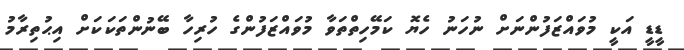
ޑީޑީ އަކީ މުވައްޒަފުންނަށް ނުހަނު ހެޔޮ ކަމޭހިތްތަވާ މުވައްޒަފުންގެ ހުރިހާ ބޭނުންތަކަކަށް އިޙުތިރާމު